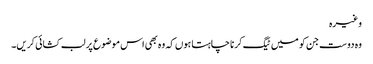
وغیرہ
وہ دوست جن کو میں ٹیگ کرنا چاہتا ہوں کہ وہ بھی اس موضوع پر لب کشائی کریں۔